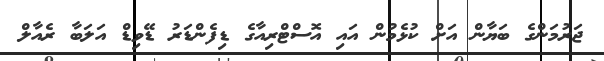
ޖަރުމަންގެ ބަޔާން އަށް ކުޅެމުން އައި އޮސްޓްރިއާގެ ޑިފެންޑަރު ޑޭވިޑް އަލަބާ ރެއާލް